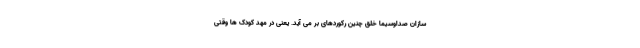
سازان صداوسیما خلق چنین رکوردهای بر می آید. یعنی در مهد کودک ها وقتی